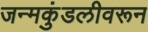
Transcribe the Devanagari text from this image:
जन्मकुंडलीवरून